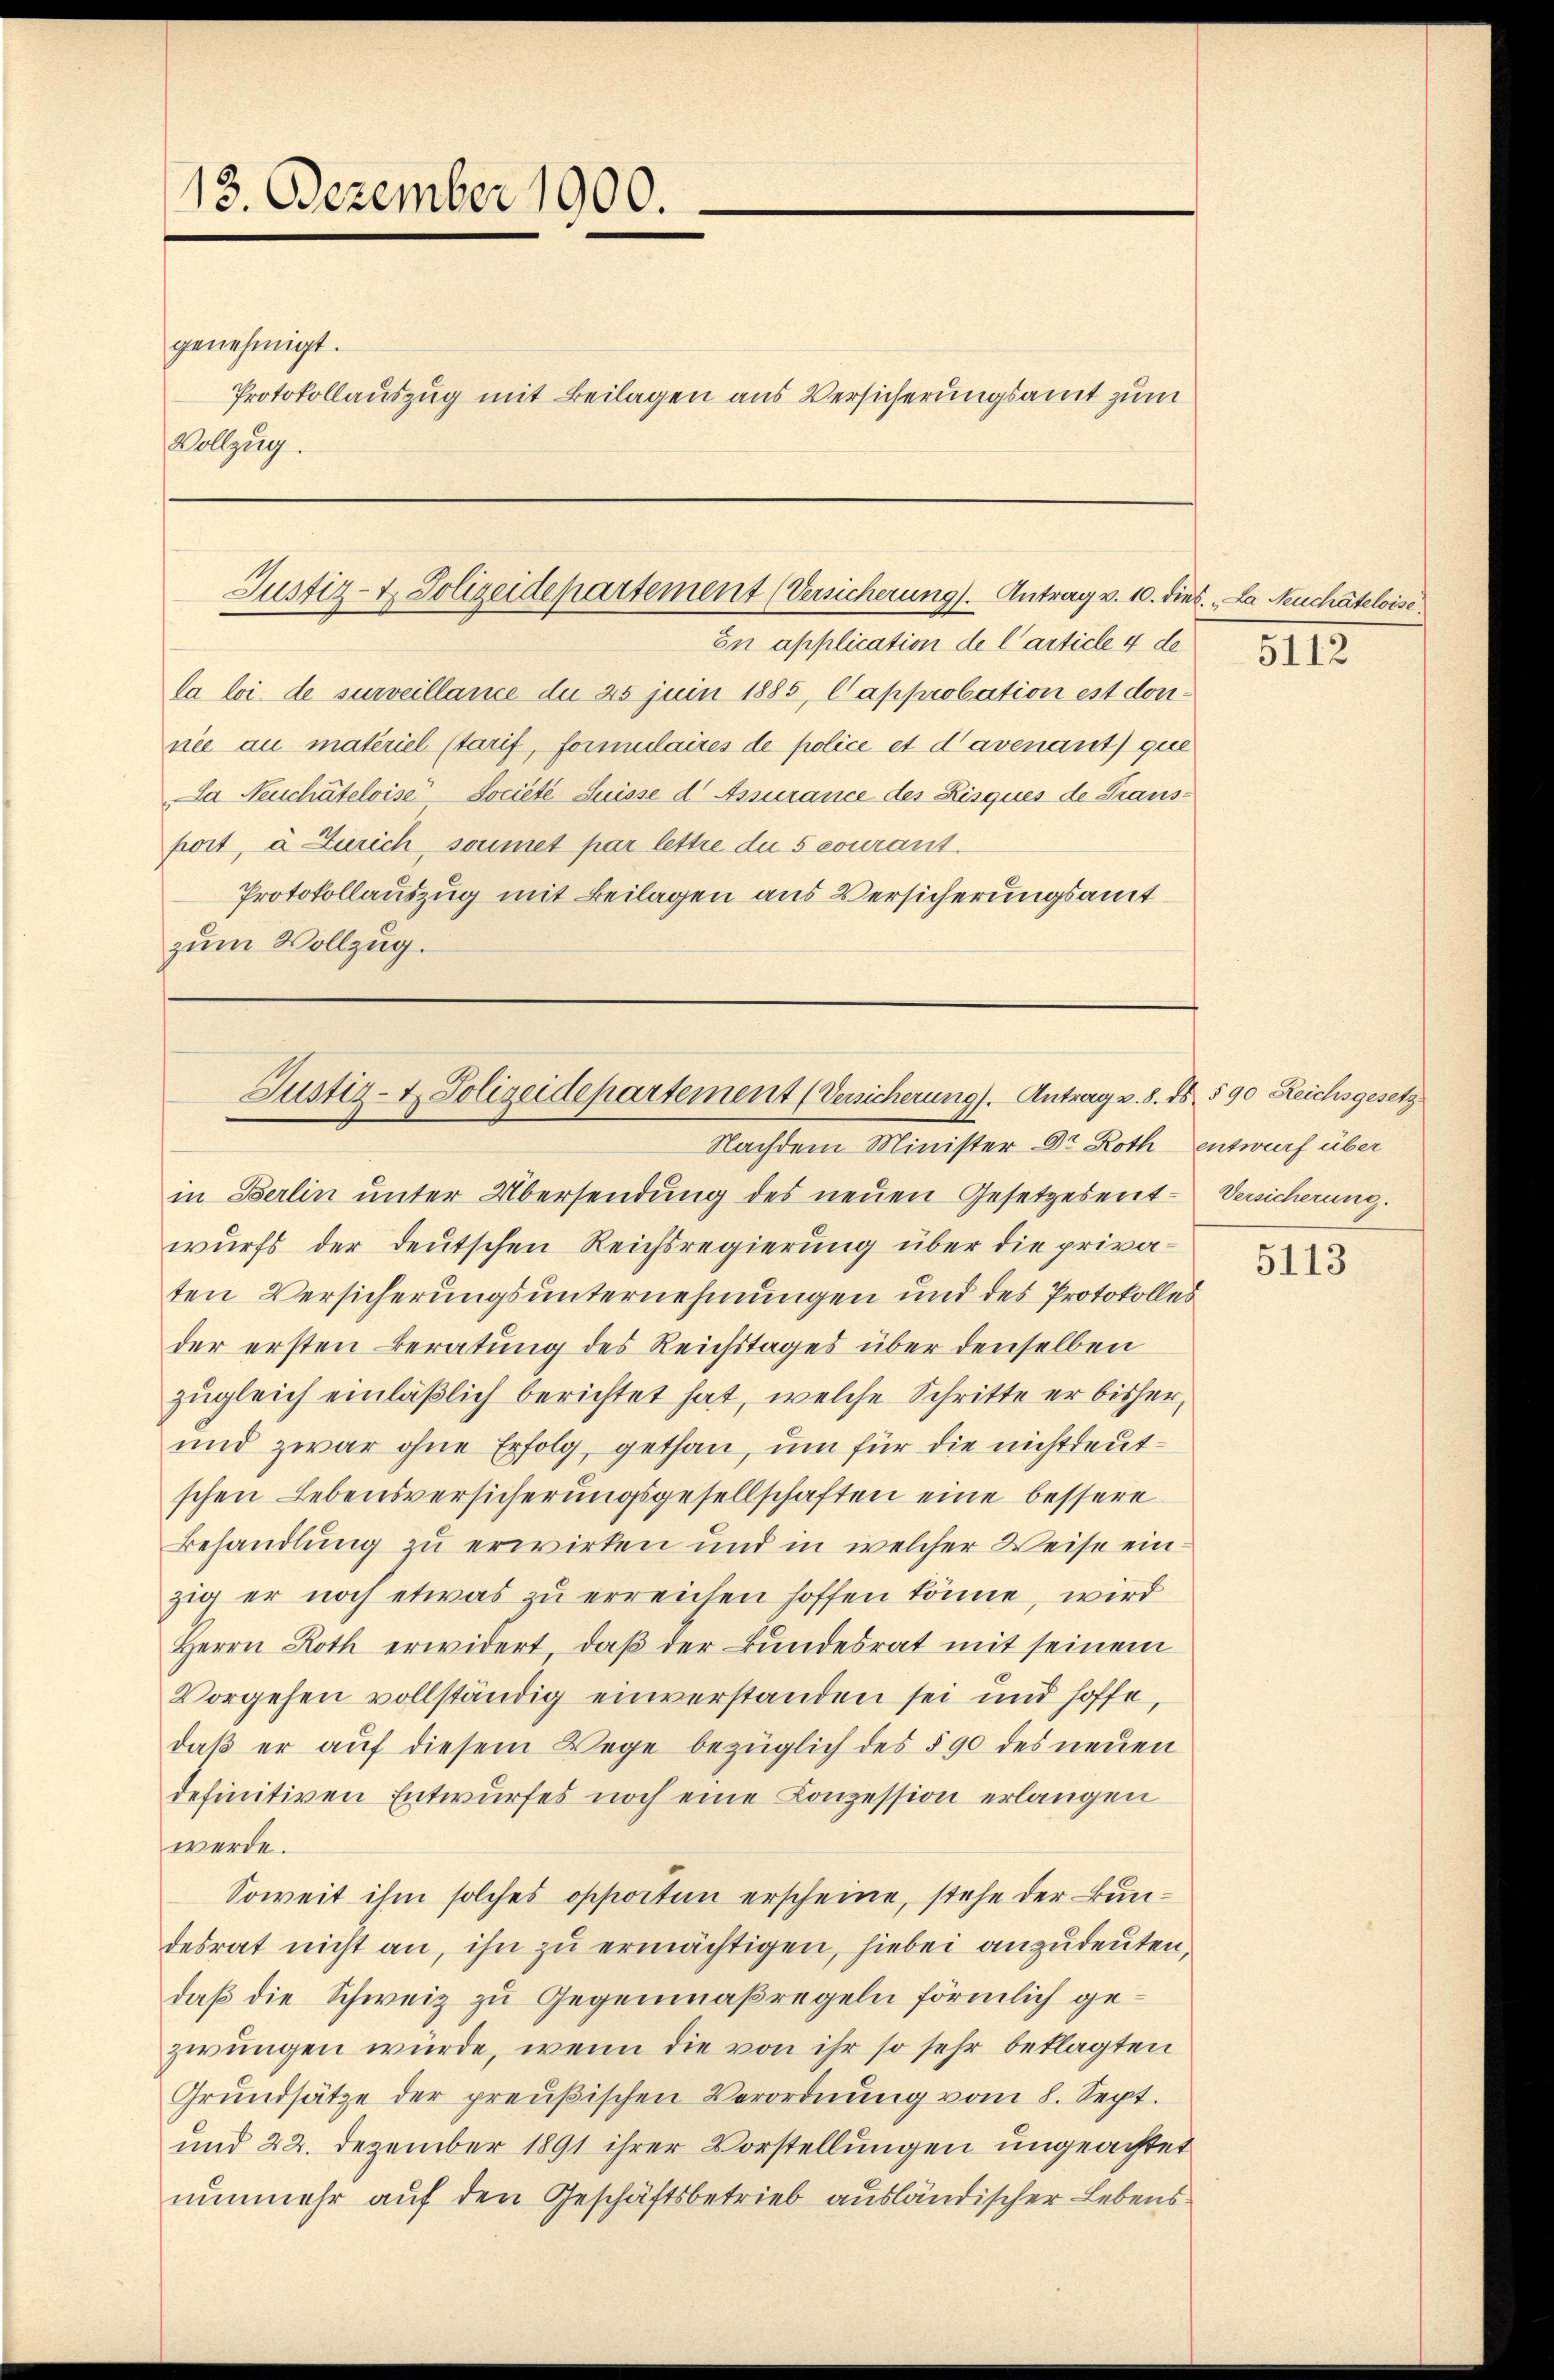
13. Dezember 1900.

Vollzug.

genehmigt.

Protokollauszug mit Beilagen aus Versicherungsamt zum

Justiz- & Polizeidepartement (Versicherung). Antrag v. 10. dies. „La Neuchâteloise.

En application de l’article 4 de
la loi de surveillance du 25 juin 1885, Capprobation est donnie au materiel starif, formulaires de police et d’avenant que
La Neuchâteloise Société Suisse d Assurance des Bisques de Transport, à Zürich, soumet par lettre du 5 courant.
Protokollauszug mit Beilagen aus Versicherungsamt
zum Vollzug.

Justiz- & Polizeidepartement (Versicherung). Antrag v. 8. ds. 590 Reichsgesetz

Nachdem Minister Dr Roth entwurf über
in Berlin unter Übersendung des neuen Gesetzesent-Versicherung.
wurfs der deutschen Reichsregierung über die privaten Versicherungsunternehmungen und des Protokolles
der ersten Beratung des Reichstages über denselben
zugleich einläßlich berichtet hat, welche Schritte er bisher,
und zwar ohne Erfolg, gethan, um für die nichtdeutschen Lebensversicherungsgesellschaften eine bessere
Behandlung zu erwirken und in welcher Weise ein
zig er noch etwas zu erreichen hoffen könne, wird
Herrn Roth erwidert, daβ der Bundesrat mit seinem
Vorgehen vollständig einverstanden sei und hoffe,
daβ er aŭf diesem Wege bezüglich des § 90 des neuen
definitiven Entwurfes noch eine Conzession erlangen
werde.
Soweit ihm solches opporten erscheine, stehe der Bundesrat nicht an, ihn zu ermächtigen, hiebei anzudeuten,
daß die Schweiz zu Gegenmaßregeln förmlich gezwungen würde, wenn die von ihr so sehr beklagten
Grŭndsätze der preußischen Verordnŭng vom 8. Sept.
und 22. Dezember 1891 ihrer Vorstellungen ungeachtet
nunmehr auf den Geschäftsbetrieb ausländischer Lebens

5112

5113